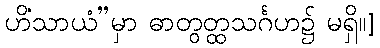
ဟိံသာယံ”မှာ ဓာတွတ္ထသင်္ဂဟ၌ မရှိ။]